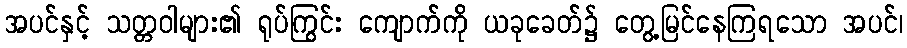
အပင်နှင့် သတ္တဝါများ၏ ရုပ်ကြွင်း ကျောက်ကို ယခုခေတ်၌ တွေ့မြင်နေကြရသော အပင်၊